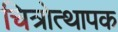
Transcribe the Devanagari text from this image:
चित्रोत्थापक